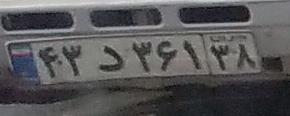
۵۷م۷۳۵۶۶